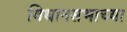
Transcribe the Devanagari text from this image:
विधानसभाच्या